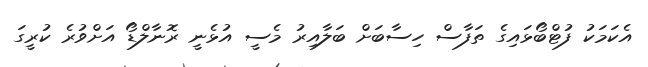
އެކަމަކު ފުޓްބޯޅައިގެ ތަފާސް ހިސާބަށް ބަލާއިރު މެސީ އުޅެނީ ރޮނާލްޑޯ އަށްވުރެ ކުރީގަ